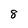
Character: 8